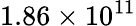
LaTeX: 1.86\times 10^{11}